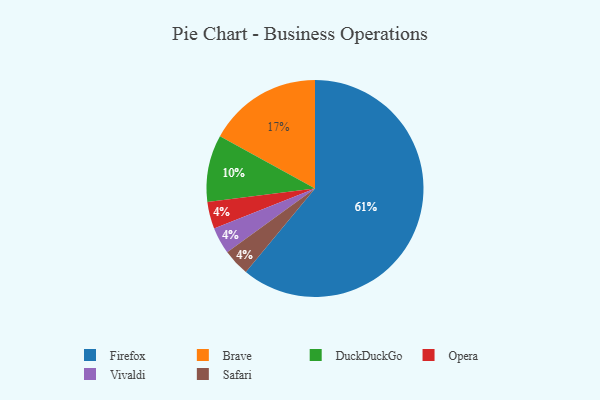
{"axis": {"x": "Category", "y": "Percentage"}, "legend": ["Brave", "DuckDuckGo", "Firefox", "Opera", "Safari", "Vivaldi"], "data": [{"x": "Opera", "y": 4, "type": "Opera"}, {"x": "Brave", "y": 17, "type": "Brave"}, {"x": "Firefox", "y": 61, "type": "Firefox"}, {"x": "Vivaldi", "y": 4, "type": "Vivaldi"}, {"x": "Safari", "y": 4, "type": "Safari"}, {"x": "DuckDuckGo", "y": 10, "type": "DuckDuckGo"}]}